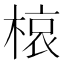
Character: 𭫊